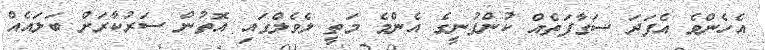
އެހެންވެ އެފަދަ ސަގާފަތެއް ކުންފުނީގެ އެންމެ މަތީ ލެވެލްގައި އޮތުން ސަރުކާރަށް ބަލައެއް